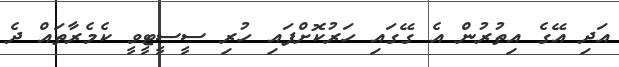
އަދި އޭގެ އިތުރުން އެ ގޭގައި ހަރުކޮށްފައި ހުރި ސީސީޓީވީ ކެމެރާތައް ދެ